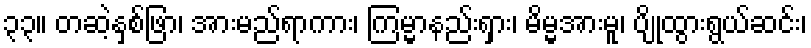
၃၃။ တဆဲ့နှစ်ဖြာ၊ အားမည်ရာကား၊ ကြမ္မာနည်းရှား၊ မိမ္မအားမူ၊ ပျိုထွားရွယ်ဆင်း၊